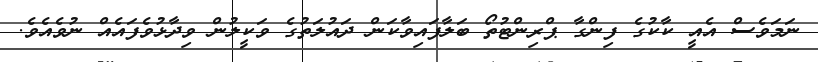
ނަމަވެސް އެއީ ކާކުގެ ފިންގާ ޕްރިންޓުތޯ ބަލާފައިވާކަން ދައުލަތުގެ ވަކީލުން ވިދާޅުވެފައެއް ނުވެއެވެ.